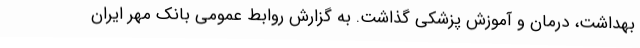
بهداشت، درمان و آموزش پزشکی گذاشت. به گزارش روابط عمومی بانک مهر ایران